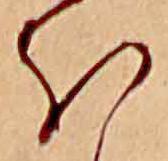
ほ